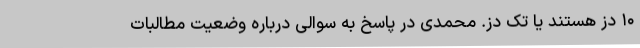
۱۰ دُز هستند یا تک دُز. محمدی در پاسخ به سوالی درباره وضعیت مطالبات